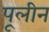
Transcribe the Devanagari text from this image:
पूलीन